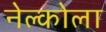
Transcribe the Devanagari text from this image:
नेल्कोला